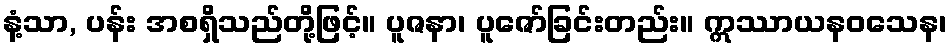
နံ့သာ, ပန်း အစရှိသည်တို့ဖြင့်။ ပူဇနာ၊ ပူဇော်ခြင်းတည်း။ ဣဿာယနဝသေန၊